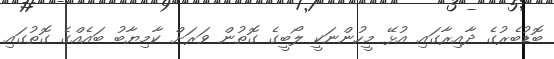
ބޮޑުބެރުގެ ދާއިރާގައި އުޅޭ މީހުންނަކީ ލޯބީގެ ގޮތުން ވަރަށް ކާމިޔާބު ބައެއްގެ ގޮތުގައި